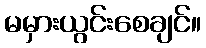
မမှားယွင်းစေချင်။